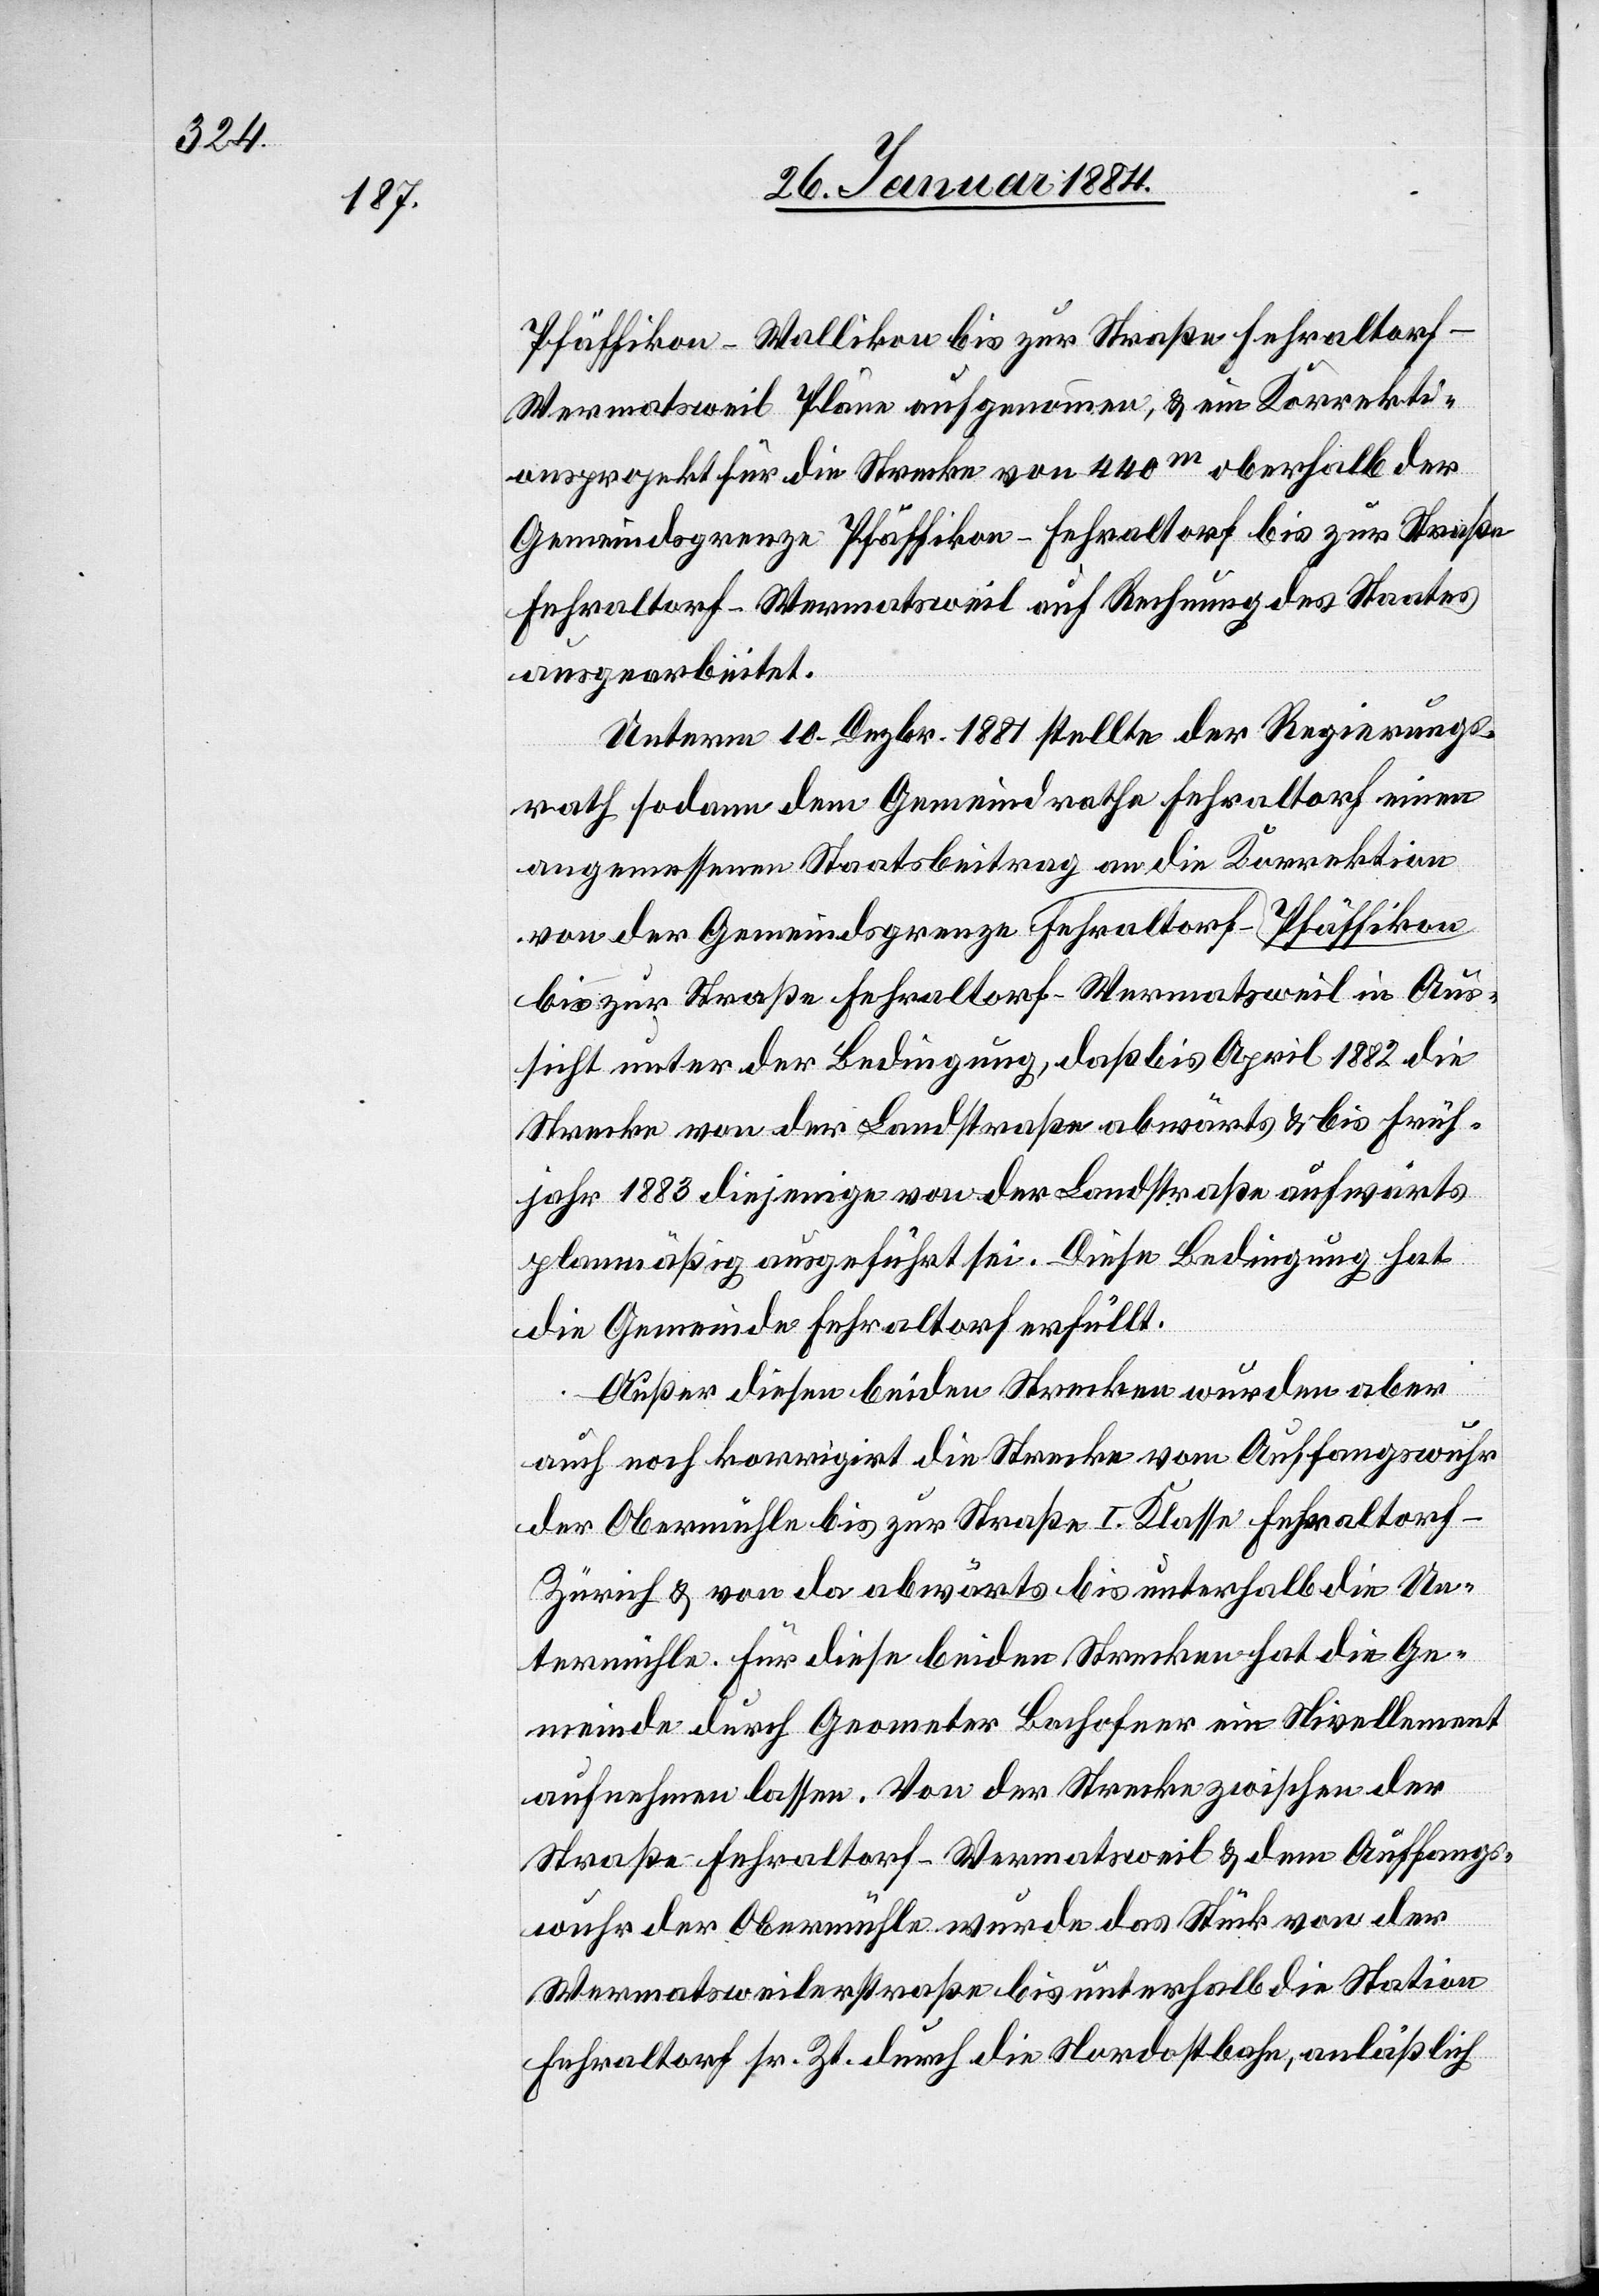
Pfäffikon–Wallikon bis zur Straße Fehraltorf–W¬
ermatsweil Pläne aufgenommen, & ein Korrekti¬
onsprojekt für die Strecke von 440m oberhalb der
Gemeindsgrenze Pfäffikon–Fehraltorf bis zur Gemeindsgrenze
Fehraltorf–Wermatsweil in Aussicht unter der Bedingung,
ausgearbeitet.
Unterm 10. Dezbr. 1881 stellte der Regierungs¬
rath sodann dem Gemeindrathe Fehraltorf einen
angemessenen Staatsbeitrag an die Korrektion
Strecke von der Landstraße abwärts & bis Früh¬
jahr 1883 diejenige von der Landstraße aufwärts
planmäßig ausgeführt sei. Diese Bedingung hat
die Gemeinde Fehraltorf erfüllt.
Außer diesen beiden Strecken wurden aber
auch noch korrigirt die Strecke vom Auffangswuhr
der Obermühle bis zur Straße I. Klasse Fehraltorf–Z¬
ürich & von da abwärts bis unterhalb die Un¬
termühle. Für diese beiden Strecken hat die Ge¬
meinde durch Geometer Bachofner ein Nivellement
aufnehmen lassen. Von der Strecke zwischen der
Straße Fehraltorf–Wermatsweil & dem Auffangs¬
wuhr der Obermühle wurde das Stück von der
Wermatsweilerstraße bis unterhalb die Station
Fehraltorf sr. Zt. durch die Nordostbahn, anläßlich